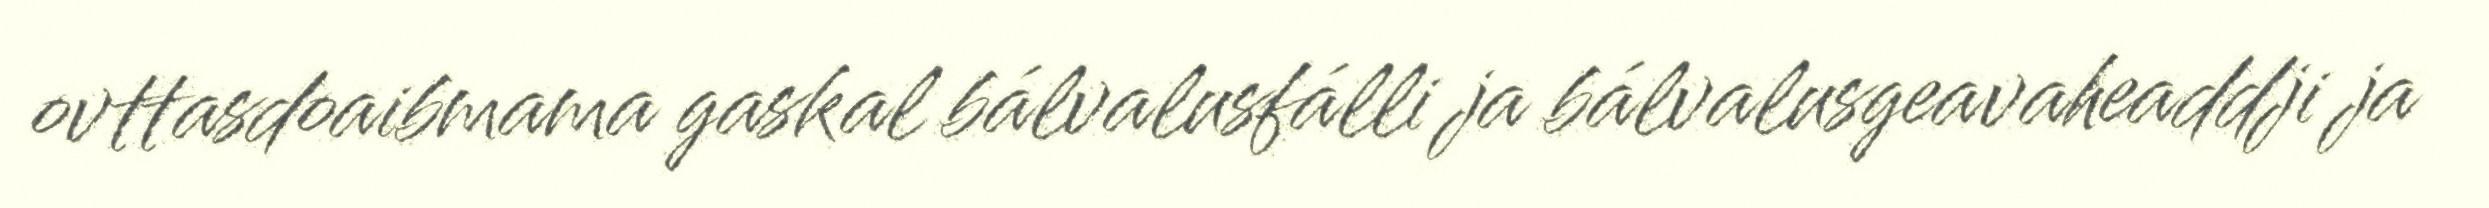
ovttasdoaibmama gaskal bálvalusfálli ja bálvalusgeavaheaddji ja